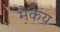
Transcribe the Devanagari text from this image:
मैकेय